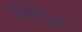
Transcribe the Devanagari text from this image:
इमेंज